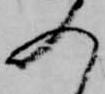
入